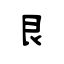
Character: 艮